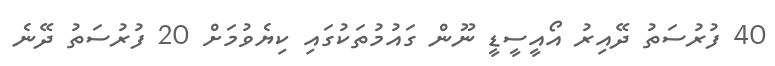
40 ފުރުސަތު ދޭއިރު އޯއީސީޑީ ނޫން ގައުމުތަކުގައި ކިޔެވުމަށް 20 ފުރުސަތު ދޭނެ